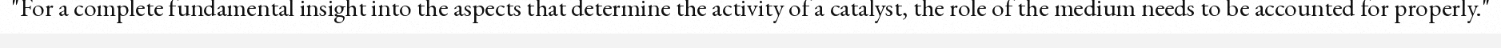
"For a complete fundamental insight into the aspects that determine the activity of a catalyst, the role of the medium needs to be accounted for properly."